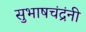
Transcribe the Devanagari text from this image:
सुभाषचंद्रंनी